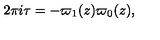
2 \pi i \tau = - { \varpi _ { 1 } ( z ) \/ \varpi _ { 0 } ( z ) } ,